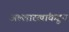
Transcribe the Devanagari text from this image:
अल्लारखांकडून